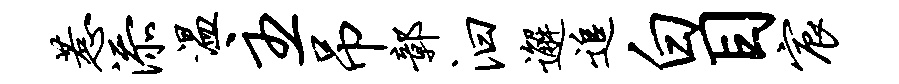
惹添温主吊鄣汩邂追白目宸